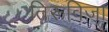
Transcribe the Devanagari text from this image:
तिरूविजा